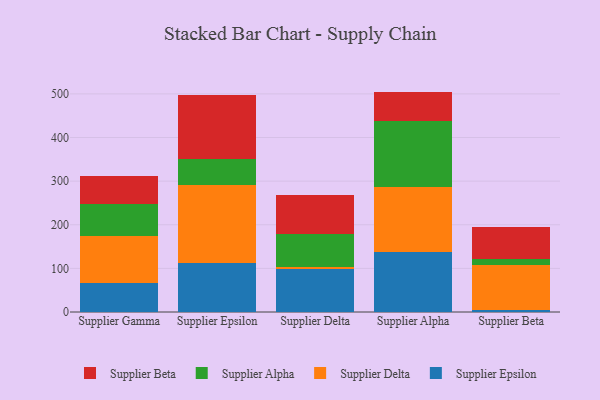
{"axis": {"x": "Supplier", "y": "LTV (USD)"}, "legend": ["Supplier Alpha", "Supplier Beta", "Supplier Delta", "Supplier Epsilon"], "data": [{"x": "Supplier Gamma", "y": 66.6, "type": "Supplier Epsilon"}, {"x": "Supplier Gamma", "y": 107.1, "type": "Supplier Delta"}, {"x": "Supplier Gamma", "y": 73.1, "type": "Supplier Alpha"}, {"x": "Supplier Gamma", "y": 65.4, "type": "Supplier Beta"}, {"x": "Supplier Epsilon", "y": 112.2, "type": "Supplier Epsilon"}, {"x": "Supplier Epsilon", "y": 178.3, "type": "Supplier Delta"}, {"x": "Supplier Epsilon", "y": 59.5, "type": "Supplier Alpha"}, {"x": "Supplier Epsilon", "y": 147.6, "type": "Supplier Beta"}, {"x": "Supplier Delta", "y": 98.6, "type": "Supplier Epsilon"}, {"x": "Supplier Delta", "y": 5.6, "type": "Supplier Delta"}, {"x": "Supplier Delta", "y": 74.9, "type": "Supplier Alpha"}, {"x": "Supplier Delta", "y": 90.1, "type": "Supplier Beta"}, {"x": "Supplier Alpha", "y": 136.5, "type": "Supplier Epsilon"}, {"x": "Supplier Alpha", "y": 149.2, "type": "Supplier Delta"}, {"x": "Supplier Alpha", "y": 151.3, "type": "Supplier Alpha"}, {"x": "Supplier Alpha", "y": 68.2, "type": "Supplier Beta"}, {"x": "Supplier Beta", "y": 5.6, "type": "Supplier Epsilon"}, {"x": "Supplier Beta", "y": 102.0, "type": "Supplier Delta"}, {"x": "Supplier Beta", "y": 13.6, "type": "Supplier Alpha"}, {"x": "Supplier Beta", "y": 73.1, "type": "Supplier Beta"}]}